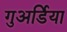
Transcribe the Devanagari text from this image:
गुअर्डिया